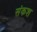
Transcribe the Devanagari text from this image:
संकश